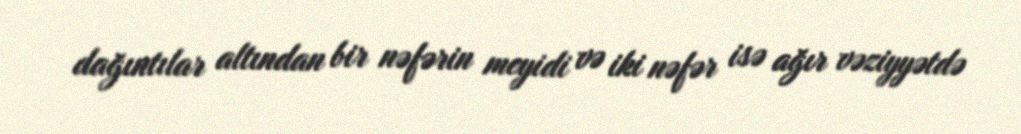
dağıntılar altından bir nəfərin meyidi və iki nəfər isə ağır vəziyyətdə